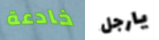
خادعة يارجل